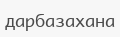
дарбазахана